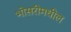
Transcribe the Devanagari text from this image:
भोसरीमधील